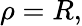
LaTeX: \rho=R,